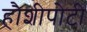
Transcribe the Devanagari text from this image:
हौशीपोटी